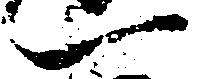
一